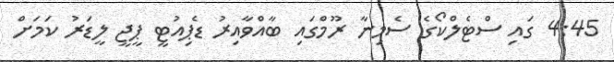
4:45 ގައި ސްޓެލްކޯގެ ސެމިނާ ރޫމްގައި ބާއްވާއިރު ޑެޕިއުޓީ ޕީޖީ ލީޑަރު ކަމަށް